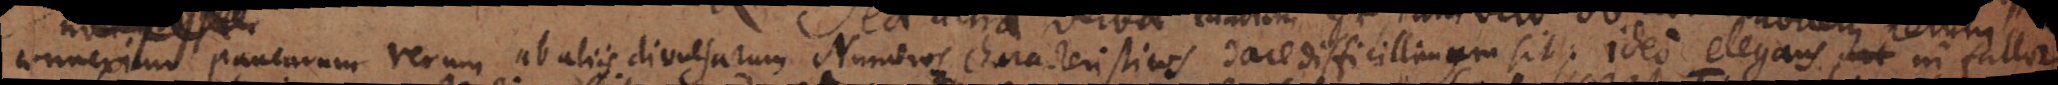
connexionem notionum rerum ab aliis divulsarum Numeros Characteristicos dare difficillimum sit, ideo elegans ni fallor